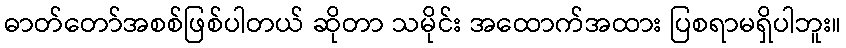
ဓာတ်တော်အစစ်ဖြစ်ပါတယ် ဆိုတာ သမိုင်း အထောက်အထား ပြစရာမရှိပါဘူး။